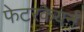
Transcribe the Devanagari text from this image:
फेटरकेयर्न